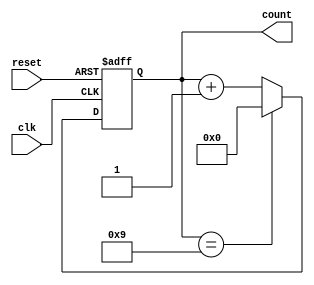
module decade_ring_counter (
    input wire clk,        // Clock input
    input wire reset,      // Asynchronous reset input
    output reg [3:0] count // 4-bit output to represent the counter value
);

// State transition logic
always @(posedge clk or posedge reset) begin
    if (reset) begin
        count <= 4'b0000; // Reset the counter to 0
    end else begin
        // Increment the counter, but wrap around after 9
        if (count == 4'b1001) begin
            count <= 4'b0000; // Reset to 0 after reaching 9
        end else begin
            count <= count + 1; // Increment the counter
        end
    end
end

endmodule